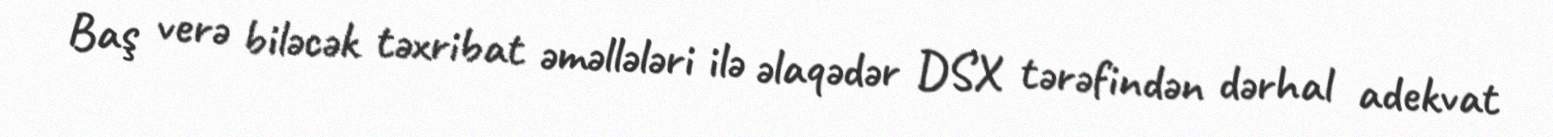
Baş verə biləcək təxribat əməllələri ilə əlaqədər DSX tərəfindən dərhal adekvat